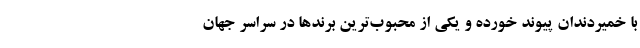
با خمیردندان پیوند خورده و یکی از محبوب‌ترین برندها در سراسر جهان